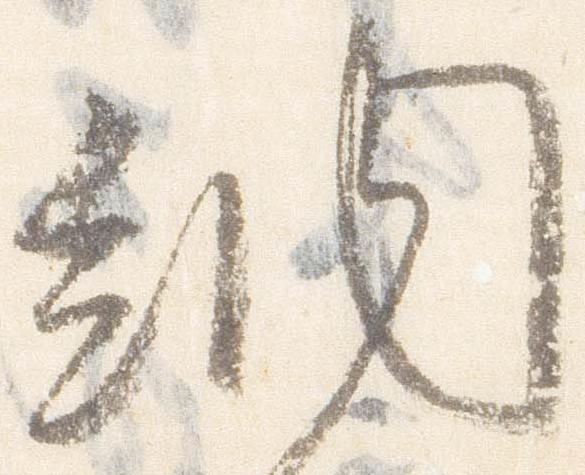
納